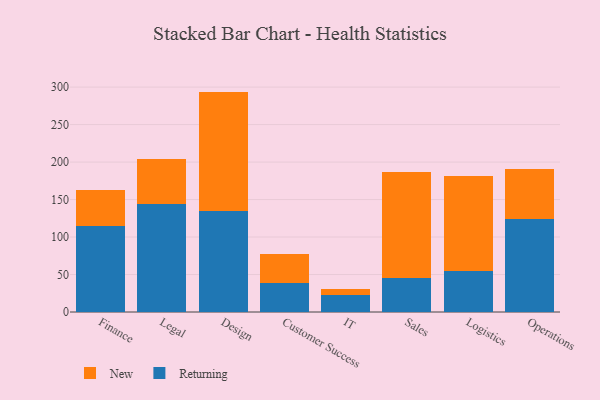
{"axis": {"x": "Department", "y": "Shipments"}, "legend": ["New", "Returning"], "data": [{"x": "Finance", "y": 115.3, "type": "Returning"}, {"x": "Finance", "y": 46.8, "type": "New"}, {"x": "Legal", "y": 143.9, "type": "Returning"}, {"x": "Legal", "y": 60.1, "type": "New"}, {"x": "Design", "y": 134.8, "type": "Returning"}, {"x": "Design", "y": 159.2, "type": "New"}, {"x": "Customer Success", "y": 39.2, "type": "Returning"}, {"x": "Customer Success", "y": 38.7, "type": "New"}, {"x": "IT", "y": 23.2, "type": "Returning"}, {"x": "IT", "y": 7.5, "type": "New"}, {"x": "Sales", "y": 45.3, "type": "Returning"}, {"x": "Sales", "y": 140.8, "type": "New"}, {"x": "Logistics", "y": 54.2, "type": "Returning"}, {"x": "Logistics", "y": 127.1, "type": "New"}, {"x": "Operations", "y": 124.7, "type": "Returning"}, {"x": "Operations", "y": 66.4, "type": "New"}]}